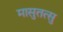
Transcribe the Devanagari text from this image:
मासुतत्सु